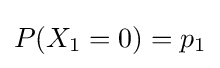
P(X_{1}=0)=p_{1}